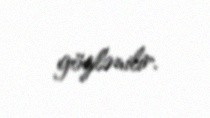
gözlənilir.